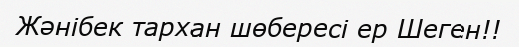
Жәнібек тархан шөбересі ер Шеген!!